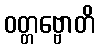
ဝတ္တဗ္ဗောတိ